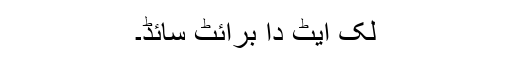
لک ایٹ دا برائٹ سائڈ۔